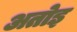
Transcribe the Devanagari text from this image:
अतोइ